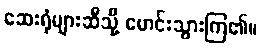
ဆေးရုံများဆီသို့ မောင်းသွားကြ၏။